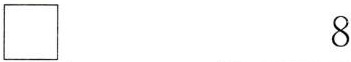
\Box 8